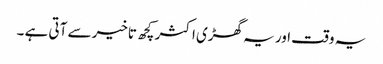
یہ وقت اور یہ گھڑی اکثر کچھ تاخیر سے آتی ہے ۔